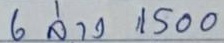
6 ล่าง 1500